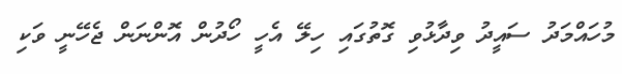
މުހައްމަދު ސައީދު ވިދާޅުވި ގޮތުގައި ހިލޭ އެހީ ހޯދުން އޮންނަން ޖެހޭނީ ވަކި